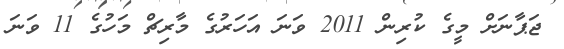
ޖަޕާނަށް މީގެ ކުރިން 2011 ވަނަ އަހަރުގެ މާރިޗް މަހުގެ 11 ވަނަ